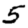
Digit: 5